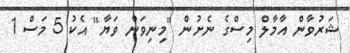
ޝަރުވާން އާމާލް މިސްގެ ނެށުން "މިނިވަން ވަޔާ" އެކު 5 މަސް 1